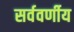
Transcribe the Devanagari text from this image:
सर्ववर्णीय